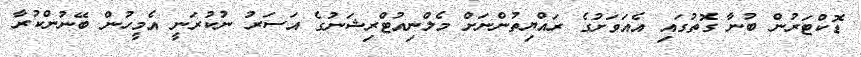
ޑޮކްޓަރުން ބުނާ ގޮތުގައި އެއަވަށުގެ ރައްޔިތުންނަށް މެލްނިއުޓްރިޝަނުގެ އަސަރު ނުކުރަނީ އެމީހުން ބޭނުންކުރާ